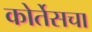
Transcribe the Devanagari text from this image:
कोर्तेसचा